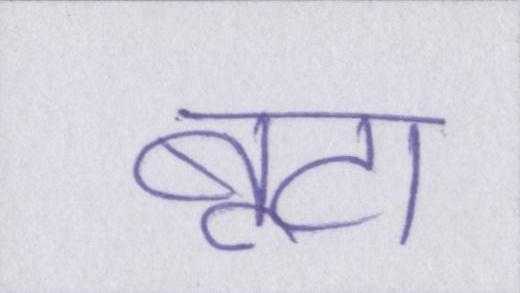
बूटा